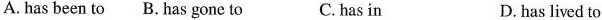
A. has been to B. Has gone to C. has in D. has lived to